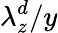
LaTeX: \lambda_{z}^{d}/y